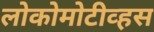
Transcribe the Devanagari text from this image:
लोकोमोटीव्हस